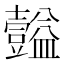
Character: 𪤴